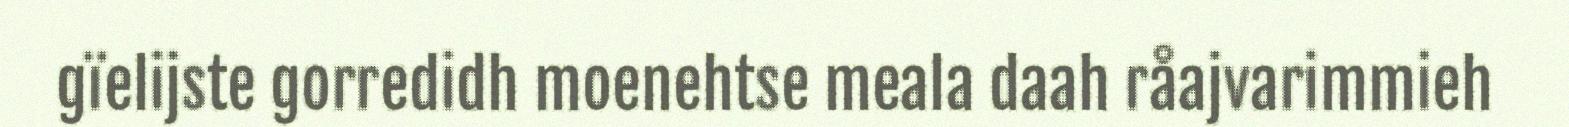
gïelijste gorredidh moenehtse meala daah råajvarimmieh